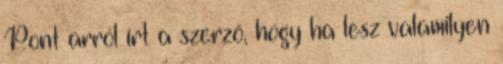
Pont arról írt a szerző, hogy ha lesz valamilyen